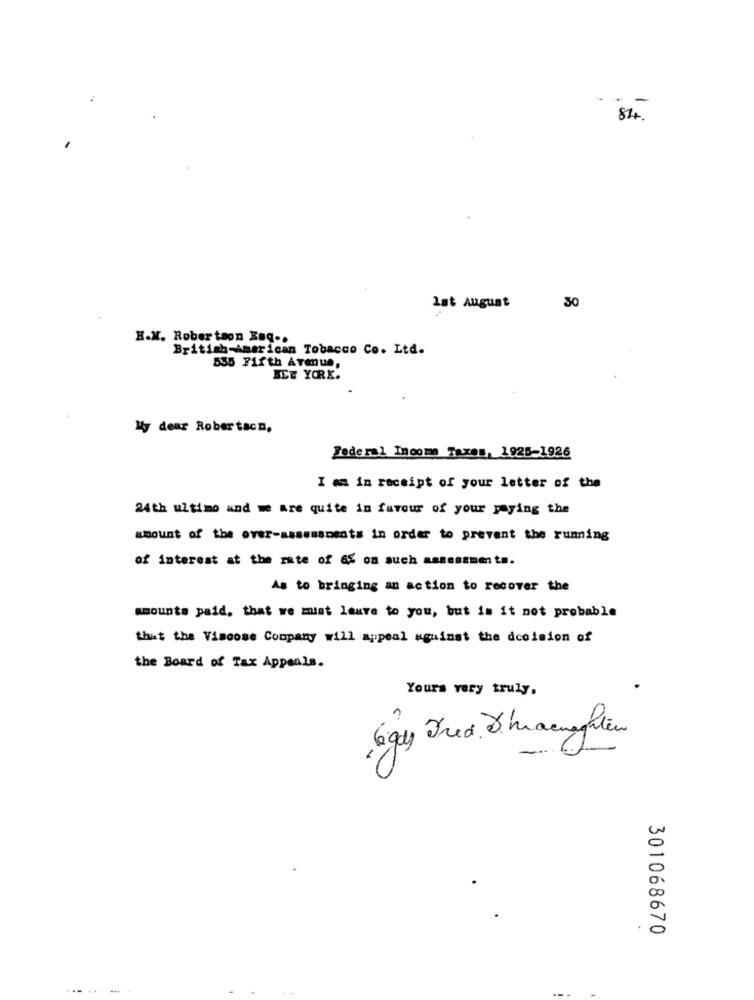
. .
84.
30
lst August
H.M. Robertson Bug ..
British American Tobacco Co. Ltd.
535 71fth Avenue,
ICE YORK.
My dear Robertacn,
Federal Income Taxes, 1925-1926
I am in receipt of your letter of the
24th ultimo and we are quite in favour of your paying the
amount of the over-assessments in order to prevent the running
of interest at the rate of 6% on such assessments.
As to bringing an action to recover the
amounts paid, that we must leave to you, but is it not probable
that the Viscose Company will appeal against the decision of
the Board of Tax Appeals.
Yours very truly,
Egy Fred Ihracnaghten
.
301068670